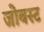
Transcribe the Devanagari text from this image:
जोबस्ट